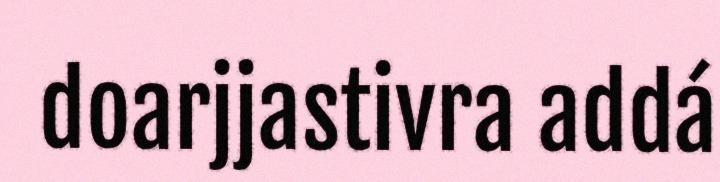
doarjjastivra addá